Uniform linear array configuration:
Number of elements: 64
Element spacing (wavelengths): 0.25
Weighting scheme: exponential
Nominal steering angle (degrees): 60
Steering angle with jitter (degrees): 60.258
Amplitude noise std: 0.05
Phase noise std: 0.05

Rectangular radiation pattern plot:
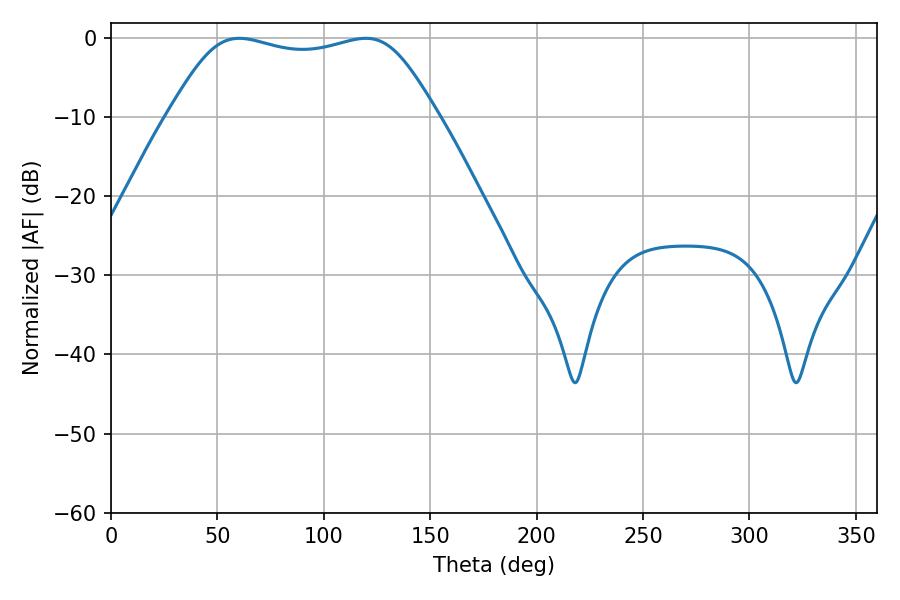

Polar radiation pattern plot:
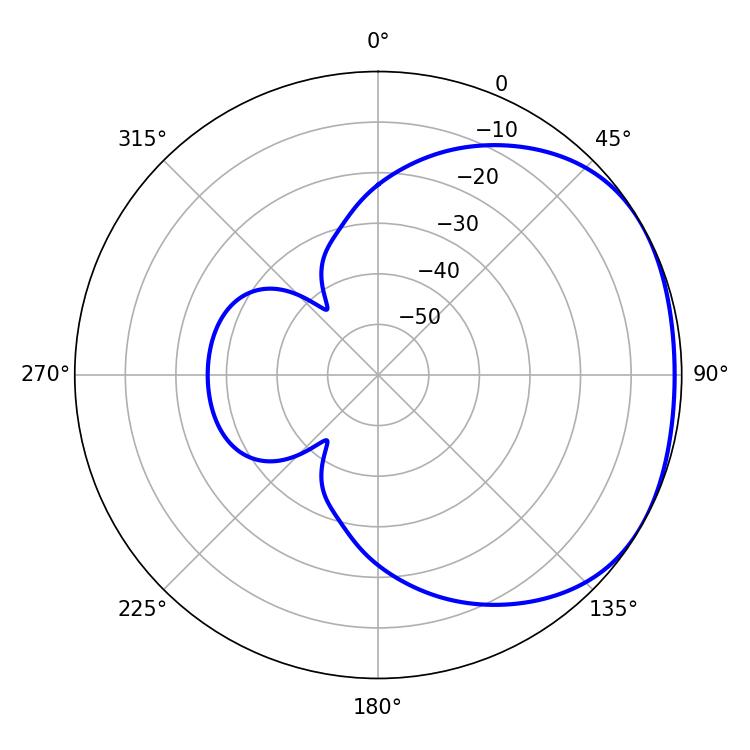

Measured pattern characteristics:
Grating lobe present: FALSE
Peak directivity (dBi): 1.73
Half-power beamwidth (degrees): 96.12
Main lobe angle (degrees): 60.3